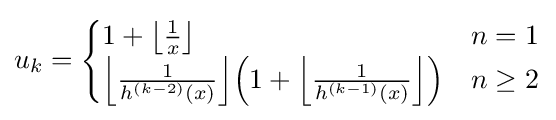
u_{k}={\begin{cases}1+\left\lfloor {\frac {1}{x}}\right\rfloor &n=1\\\left\lfloor {\frac {1}{h^{(k-2)}(x)}}\right\rfloor \!\left(1+\left\lfloor {\frac {1}{h^{(k-1)}(x)}}\right\rfloor \right)&n\geq 2\end{cases}}